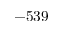
- 5 3 9